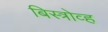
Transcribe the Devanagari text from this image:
बिस्त्रोव्ह